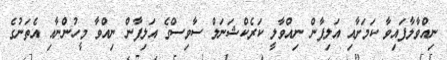
ނިއްވާލާފައިވާ ކަމަށާއި އަލިފާން ނިއްވާލީ ކަރެކްޝަނަލް ސާވިސްގެ އަލިފާން ނިއްވާ މީހުންނާއި އެތަނުގެ